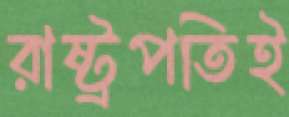
রাষ্ট্রপতিই